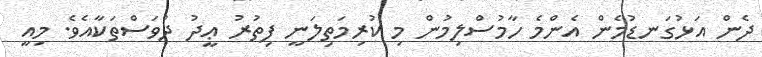
ދެން އަޅުގަނޑުމެން އެންމެ ހާމުސްލިމުން މި ކުރިމަތިލަނީ ފިތުރު ޢީދު ދުވަސްތަކާއެވެ. މިއީ